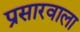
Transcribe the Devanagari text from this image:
प्रसारवाला